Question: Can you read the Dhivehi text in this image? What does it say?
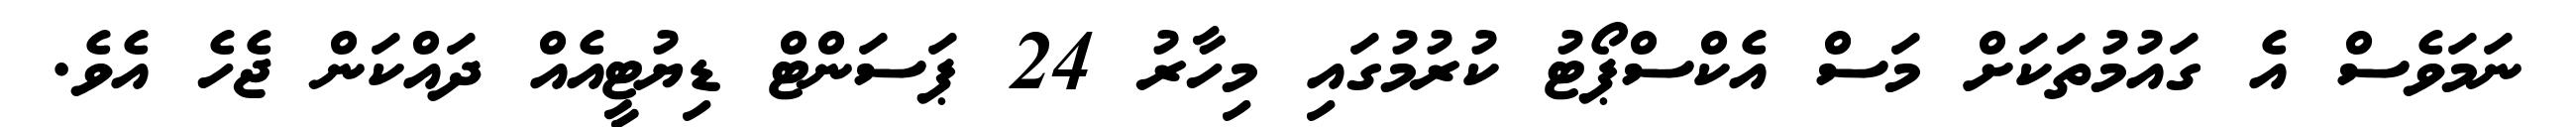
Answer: ނަމަވެސް އެ ގައުމުތަކަށް މަސް އެކްސްޕޯޓު ކުރުމުގައި މިހާރު 24 ޕަސަންޓް ޑިޔުޓީއެއް ދައްކަން ޖެހެ އެވެ.